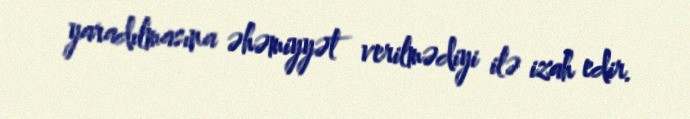
yaradılmasına əhəmiyyət verilmədiyi ilə izah edir.